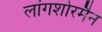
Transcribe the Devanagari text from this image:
लांगशोरमैन